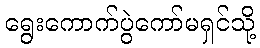
ရွေးကောက်ပွဲကော်မရှင်သို့